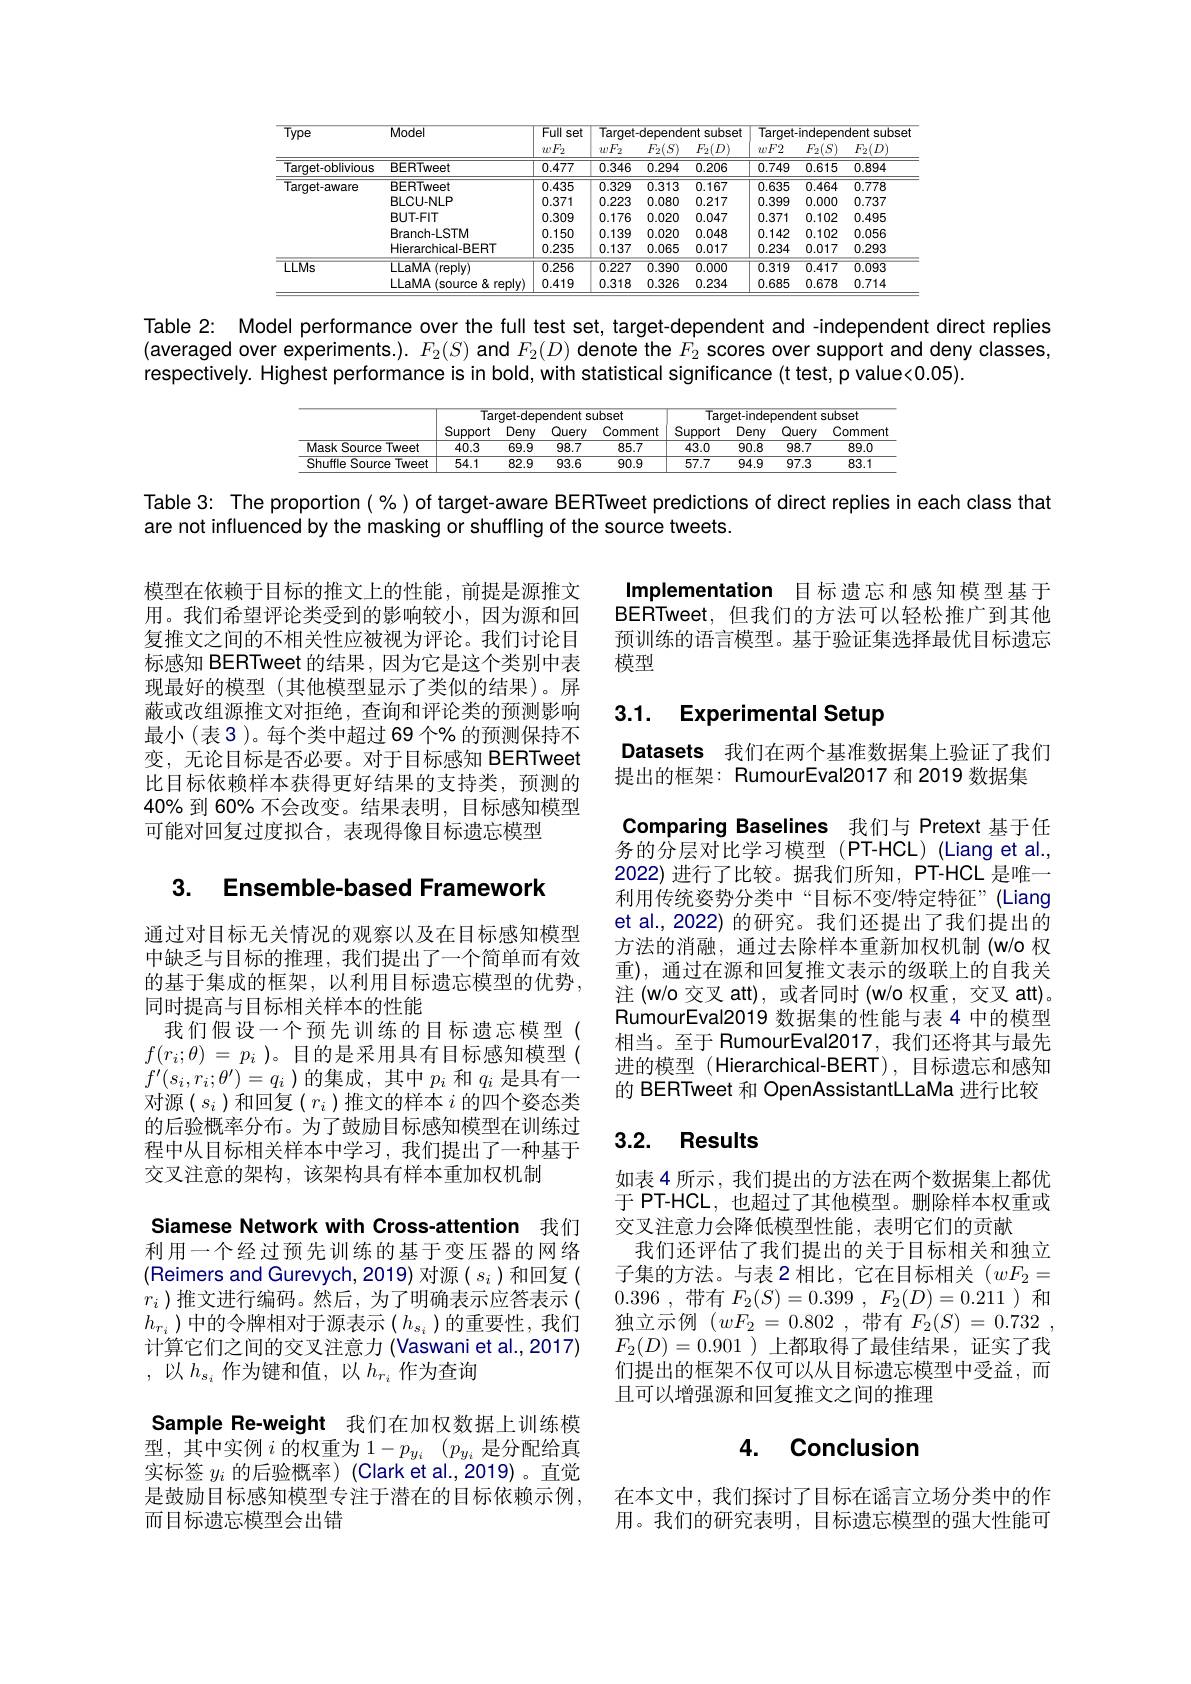
<table>
	<tbody>
		<tr>
			<th rowspan="2">Type</th>
			<th rowspan="2">Model</th>
			<th rowspan="2">Full set $wF_2$</th>
			<th colspan="3">Target-deoendent subset</th>
			<th colspan="3">Tarqet-independent subse</th>
		</tr>
		<tr>
			<th>$wF_2$</th>
			<th>$F_2(S)$</th>
			<th>$F_{2}(D)$</th>
			<th>$wF2$</th>
			<th>$F_2(S)$</th>
			<th>$F_2(D)$</th>
		</tr>
		<tr>
			<td>Target-oblivious</td>
			<td>BERTweet</td>
			<td>0.477</td>
			<td>0.346</td>
			<td>0.294</td>
			<td>0.206</td>
			<td>0.749</td>
			<td>0.615</td>
			<td>0.894</td>
		</tr>
		<tr>
			<td rowspan="5">Target-aware</td>
			<td>BERTweet</td>
			<td>0.435</td>
			<td>0.329</td>
			<td>0.313</td>
			<td>0.167</td>
			<td>0.635</td>
			<td>0.464</td>
			<td>0.778</td>
		</tr>
		<tr>
			<td>BLCU-NLP</td>
			<td>0.371</td>
			<td>0.223</td>
			<td>0.080</td>
			<td>0.217</td>
			<td>0.399</td>
			<td>0.000</td>
			<td>0.737</td>
		</tr>
		<tr>
			<td>BUT-FIT</td>
			<td>0.309</td>
			<td>0.176</td>
			<td>0.020</td>
			<td>0.047</td>
			<td>0.371</td>
			<td>0.102</td>
			<td>0.495</td>
		</tr>
		<tr>
			<td>Branch-LSTM</td>
			<td>0.150</td>
			<td>0.139</td>
			<td>0.020</td>
			<td>0.048</td>
			<td>0.142</td>
			<td>0.102</td>
			<td>0.056</td>
		</tr>
		<tr>
			<td>Hierarchical-BERT</td>
			<td>0.235</td>
			<td>0.137</td>
			<td>0.065</td>
			<td>0.017</td>
			<td>0.234</td>
			<td>0.017</td>
			<td>0.293</td>
		</tr>
		<tr>
			<td rowspan="2">LLMs</td>
			<td>LLaMA (reply)</td>
			<td>$\overline{0.256}$</td>
			<td>$\overline{0.227}$</td>
			<td>0.390</td>
			<td>0.000</td>
			<td>0.319</td>
			<td>$\overline{0.417}$</td>
			<td>0.093</td>
		</tr>
		<tr>
			<td>LLaMA A (source&reply)</td>
			<td>0.419</td>
			<td>0.318</td>
			<td>0.326</td>
			<td>0.234</td>
			<td>0.685</td>
			<td>0.678</td>
			<td>0.714</td>
		</tr>
	</tbody>
</table>

Table 2: Model performance over the full test set, target-dependent and -independent direct replies (averaged over experiments.). $F_2(S)$ and $F_2(D)$ denote the $F_2$ scores over support and deny classes, respectively. Highest performance is in bold, with statistical significance (t test, p value<0.05).

<table>
	<tbody>
		<tr>
			<th> </th>
			<th colspan="4">subset</th>
			<th colspan="4">Tarqet-independent subset</th>
		</tr>
		<tr>
			<th> </th>
			<th>Support</th>
			<th>Deny</th>
			<th>Query</th>
			<th>Comment</th>
			<th>Support</th>
			<th>Deny</th>
			<th>Query</th>
			<th>Comment</th>
		</tr>
		<tr>
			<td>Mask Source Tweet</td>
			<td>40.3</td>
			<td>69.9</td>
			<td>98.7</td>
			<td>85.7</td>
			<td>43.0</td>
			<td>90.8</td>
			<td>98.7</td>
			<td>89.0</td>
		</tr>
		<tr>
			<td>Shuffle Source Tweet</td>
			<td>54.1</td>
			<td>82.9</td>
			<td>93.6</td>
			<td>90.9</td>
			<td>57.7</td>
			<td>94.9</td>
			<td>97.3</td>
			<td>83.1</td>
		</tr>
	</tbody>
</table>

Table 3: The proportion( %) of target-aware BERTweet predictions of direct replies in each class that
are not influenced by the masking or shuffling of the source tweets.

Implementation 目标遗忘和感知模型基于BERTweet, 但我们的方法可以轻松推广到其他预训练的语言模型。基于验证集选择最优目标遗忘模型

模型在依赖于目标的推文上的性能，前提是源推文用。我们希望评论类受到的影响较小，因为源和回复推文之间的不相关性应被视为评论。我们讨论目标感知 BERTweet 的结果，因为它是这个类别中表现最好的模型 (其他模型显示了类似的结果)。屏蔽或改组源推文对拒绝，查询和评论类的预测影响最小(表 3)。每个类中超过 69 个% 的预测保持不变，无论目标是否必要。对于目标感知 BERTweet 比目标依赖样本获得更好结果的支持类，预测的40% 到 60% 不会改变。结果表明，目标感知模型可能对回复过度拟合，表现得像目标遗忘模型

# 3.1. Experimental Setup

## 3. Ensemble-based Framework

Datasets 我们在两个基准数据集上验证了我们
提出的框架：RumourEval2017 和 2019 数据集
Comparing Baselines 我们与 Pretext 基于任务的分层对比学习模型(PT-HCL)(Liang et al., 2022)进行了比较。据我们所知，PT-HCL 是唯一利用传统姿势分类中“目标不变/特定特征”(Liang et al., 2022) 的研究。我们还提出了我们提出的方法的消融，通过去除样本重新加权机制 (w/o 权重), 通过在源和回复推文表示的级联上的自我关注 (w/o 交叉 att),或者同时 (w/o 权重，交叉 att)。RumourEval2019 数据集的性能与表 4 中的模型相当。至于 RumourEval2017, 我们还将其与最先进的模型 (Hierarchical-BERT), 目标遗忘和感知的 BERTweet 和 OpenAssistantLLaMa 进行比较

### 3.2. Results

通过对目标无关情况的观察以及在目标感知模型中缺乏与目标的推理，我们提出了一个简单而有效的基于集成的框架，以利用目标遗忘模型的优势， 同时提高与目标相关样本的性能
我们假设一个预先训练的目标遗忘模型( $f( r_{i}; \theta )$ = $p_{i}$ )。目的是采用具有目标感知模型( $f^{\prime}(s_{i},r_{i};\theta^{\prime})=q_{i}$ )的集成，其中$p_i$和$q_i$是具有一对源($s_i$)和回复$(r_i$)推文的样本$i$ 的四个姿态类的后验概率分布。为了鼓励目标感知模型在训练过程中从目标相关样本中学习，我们提出了一种基于交叉注意的架构，该架构具有样本重加权机制
Siamese Network with Cross-attention 我们利用一个经过预先训练的基于变压器的网络(Reimers and Gurevych, 2019)对源( $s_i)$和回复( $r_i$ )推文进行编码。然后，为了明确表示应答表示( $h_{r_i}$)中的令牌相对于源表示$(h_s_i$)的重要性，我们计算它们之间的交叉注意力 (Vaswani et al., 2017) ,以$h_{s_i}$作为键和值，以$h_r_i$作为查询
Sample Re-weight 我们在加权数据上训练模型，其中实例$i$的权重为$1-p_y_i\:(p_{y_i}$是分配给真实标签$y_i$的后验概率)(Clark et al.,2019)。直觉是鼓励目标感知模型专注于潜在的目标依赖示例， 而目标遗忘模型会出错

如表 4 所示 , 我们提出的方法在两个数据集上都优于 PT-HCL, 也超过了其他模型。删除样本权重或交叉注意力会降低模型性能，表明它们的贡献
我们还评估了我们提出的关于目标相关和独立子集的方法。与表 2 相比，它在目标相关$(wF_{2}=$ 0.396 , 带有 $F_2( S) = 0. 399$ , $F_2( D) = 0. 211$)和独立示例 $( wF_{2}$ = 0.802 ,带有 $F_2( S)$ = 0.732 , $F_2(D)=0.901$ )上都取得了最佳结果，证实了我们提出的框架不仅可以从目标遗忘模型中受益，而且可以增强源和回复推文之间的推理

## 4. Conclusion

在本文中，我们探讨了目标在谣言立场分类中的作用。我们的研究表明，目标遗忘模型的强大性能可